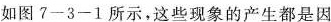
如图7一3-1所示，这些现象的产生都是因